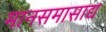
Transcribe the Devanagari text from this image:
मानसमासाद्य